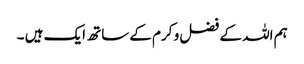
ہم اللہ کے فضل و کرم کے ساتھ ایک ہیں ۔